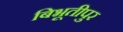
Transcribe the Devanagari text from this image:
बिभूतीपुर